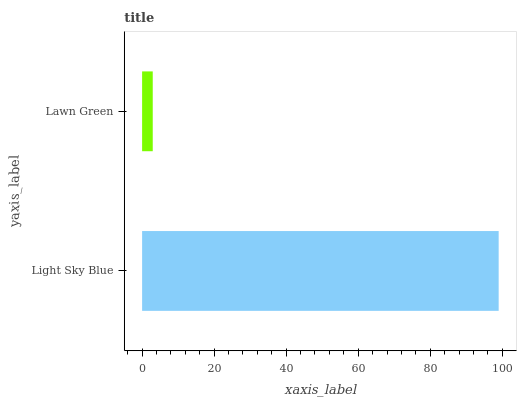
| yaxis_label | bars |
 | --- | --- |
 | Light Sky Blue | 99 |
 | Lawn Green | 2.95 |